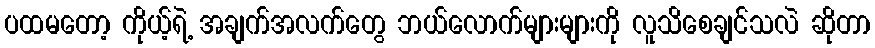
ပထမတော့ ကိုယ့်ရဲ့ အချက်အလက်တွေ ဘယ်လောက်များများကို လူသိစေချင်သလဲ ဆိုတာ